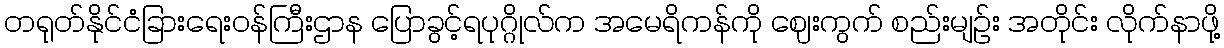
တရုတ်နိုင်ငံခြားရေးဝန်ကြီးဌာန ပြောခွင့်ရပုဂ္ဂိုလ်က အမေရိကန်ကို ဈေးကွက် စည်းမျဉ်း အတိုင်း လိုက်နာဖို့